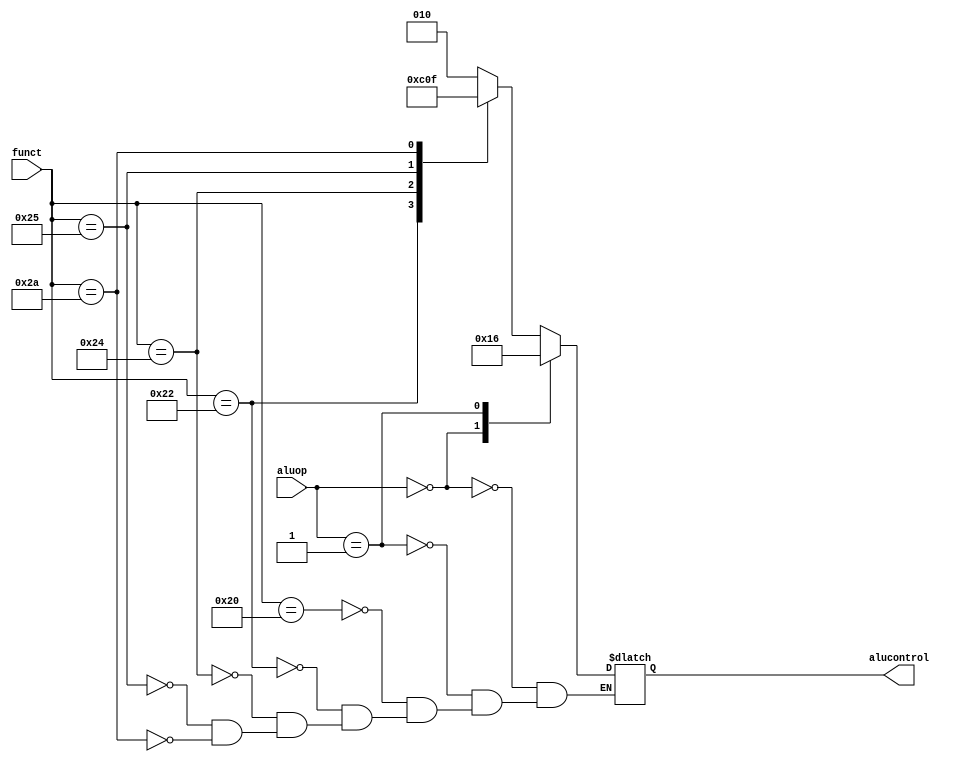
`timescale 1ns / 1ps
//////////////////////////////////////////////////////////////////////////////////
// Company: 
// Engineer: 
// 
// Design Name: 
// Module Name:    aludec 
// Project Name: 
// Target Devices: 
// Tool versions: 
// Description: 
//
// Dependencies: 
//
// Revision: 
// Revision 0.01 - File Created
// Additional Comments: 
//
//////////////////////////////////////////////////////////////////////////////////
  module aludec(
   input wire [5:0] funct,
   input wire [1:0] aluop,
   output reg [2:0] alucontrol
	);
	
   always @*
    case(aluop)
     2'b00: alucontrol <= 3'b010; // add (for lw/sw/addi)
     2'b01: alucontrol <= 3'b110; // sub (for beq)
     default: case(funct) // R-type instructions
               6'b100000: alucontrol <= 3'b010; // add
               6'b100010: alucontrol <= 3'b110; // sub
               6'b100100: alucontrol <= 3'b000; // and
               6'b100101: alucontrol <= 3'b001; // or
               6'b101010: alucontrol <= 3'b111; // set less than
              endcase
    endcase
  endmodule